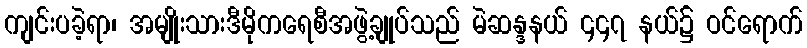
ကျင်းပခဲ့ရာ၊ အမျိုးသားဒီမိုကရေစီအဖွဲ့ချုပ်သည် မဲဆန္ဒနယ် ၄၄၇ နယ်၌ ဝင်ရောက်